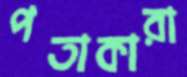
পতাকারা